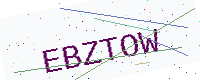
Text: EBZTOW